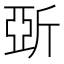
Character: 𣂪